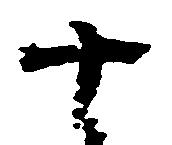
十